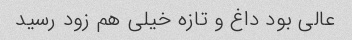
عالی بود داغ و تازه خیلی هم زود رسید